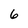
Character: 6